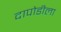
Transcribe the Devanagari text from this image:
दापोडीला